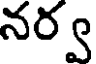
నర్వ